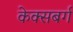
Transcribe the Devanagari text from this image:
केक्सबर्ग